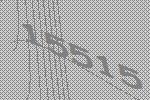
15515